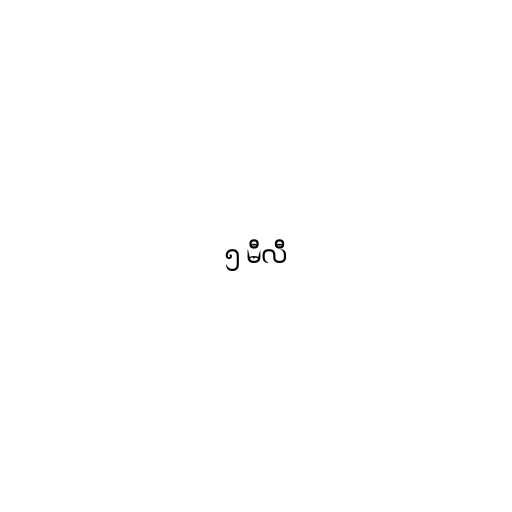
၅ မီလီ